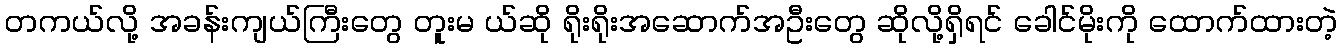
တကယ်လို့ အခန်းကျယ်ကြီးတွေ တူးမ ယ်ဆို ရိုးရိုးအဆောက်အဦးတွေ ဆိုလို့ရှိရင် ခေါင်မိုးကို ထောက်ထားတဲ့